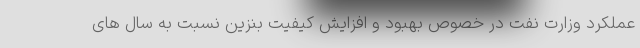
عملکرد وزارت نفت در خصوص بهبود و افزایش کیفیت بنزین نسبت به سال های